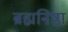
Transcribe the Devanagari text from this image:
ब्रह्मनिष्ठा